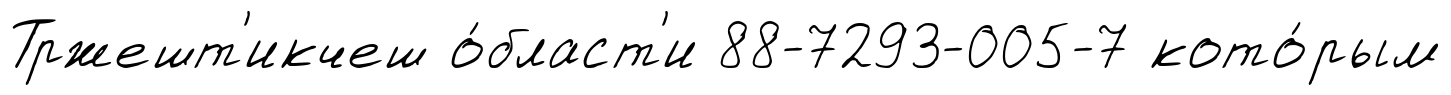
Тржешт'икчеш о́бласт'и 88-7293-005-7 кото́рым